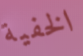
الخفية